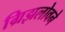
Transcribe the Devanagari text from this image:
ग्रिझलोवने